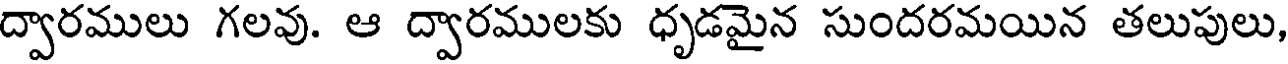
ద్వారములు గలవు. ఆ ద్వారములకు ధృడమైన సుందరమయిన తలుపులు,